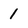
Character: 1